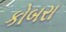
કોબરા